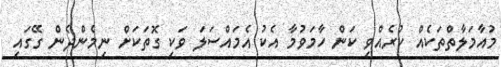
މުއާމަލާތްތަކެއް ކުރެއްވި ކަން ހާމަވުމާ އެކު އެމައްސަލަ ވަކި ގޮތަކަށް ނިމެންދެން ގޭގައި